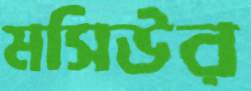
মসিউর